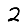
Digit: 2